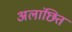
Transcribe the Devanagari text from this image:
अलांछित